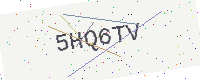
Text: 5HQ6TV